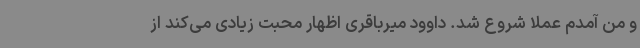
و من آمدم عملا شروع شد. داوود میرباقری اظهار محبت زیادی می‌کند از